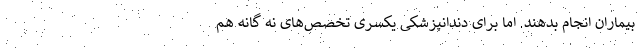
بیماران انجام بدهند. اما برای دندانپزشکی یکسری تخصص‌های نه گانه هم